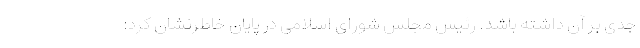
جدی بر آن داشته باشد. رئیس مجلس شورای اسلامی در پایان خاطرنشان کرد: